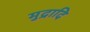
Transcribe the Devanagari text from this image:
मुद्रादि